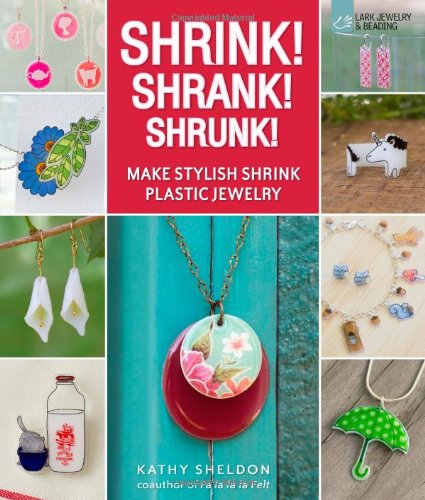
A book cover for Shrink! Shrank! Shrunk!: Make Stylish Shrink Plastic Jewelry; Kathy Sheldon; Crafts, Hobbies & Home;